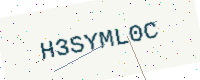
Text: H3SYML0C